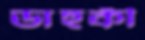
ডাহুকী